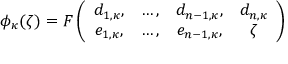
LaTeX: \phi _ { \kappa } ( \zeta ) = F \left( \begin{array} { c c c c } { { d _ { 1 , \kappa } , } } & { { \dots , } } & { { d _ { n - 1 , \kappa } , } } & { { d _ { n , \kappa } } } \\ { { e _ { 1 , \kappa } , } } & { { \dots , } } & { { e _ { n - 1 , \kappa } , } } & { { \zeta } } \end{array} \right)